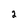
Character: 2